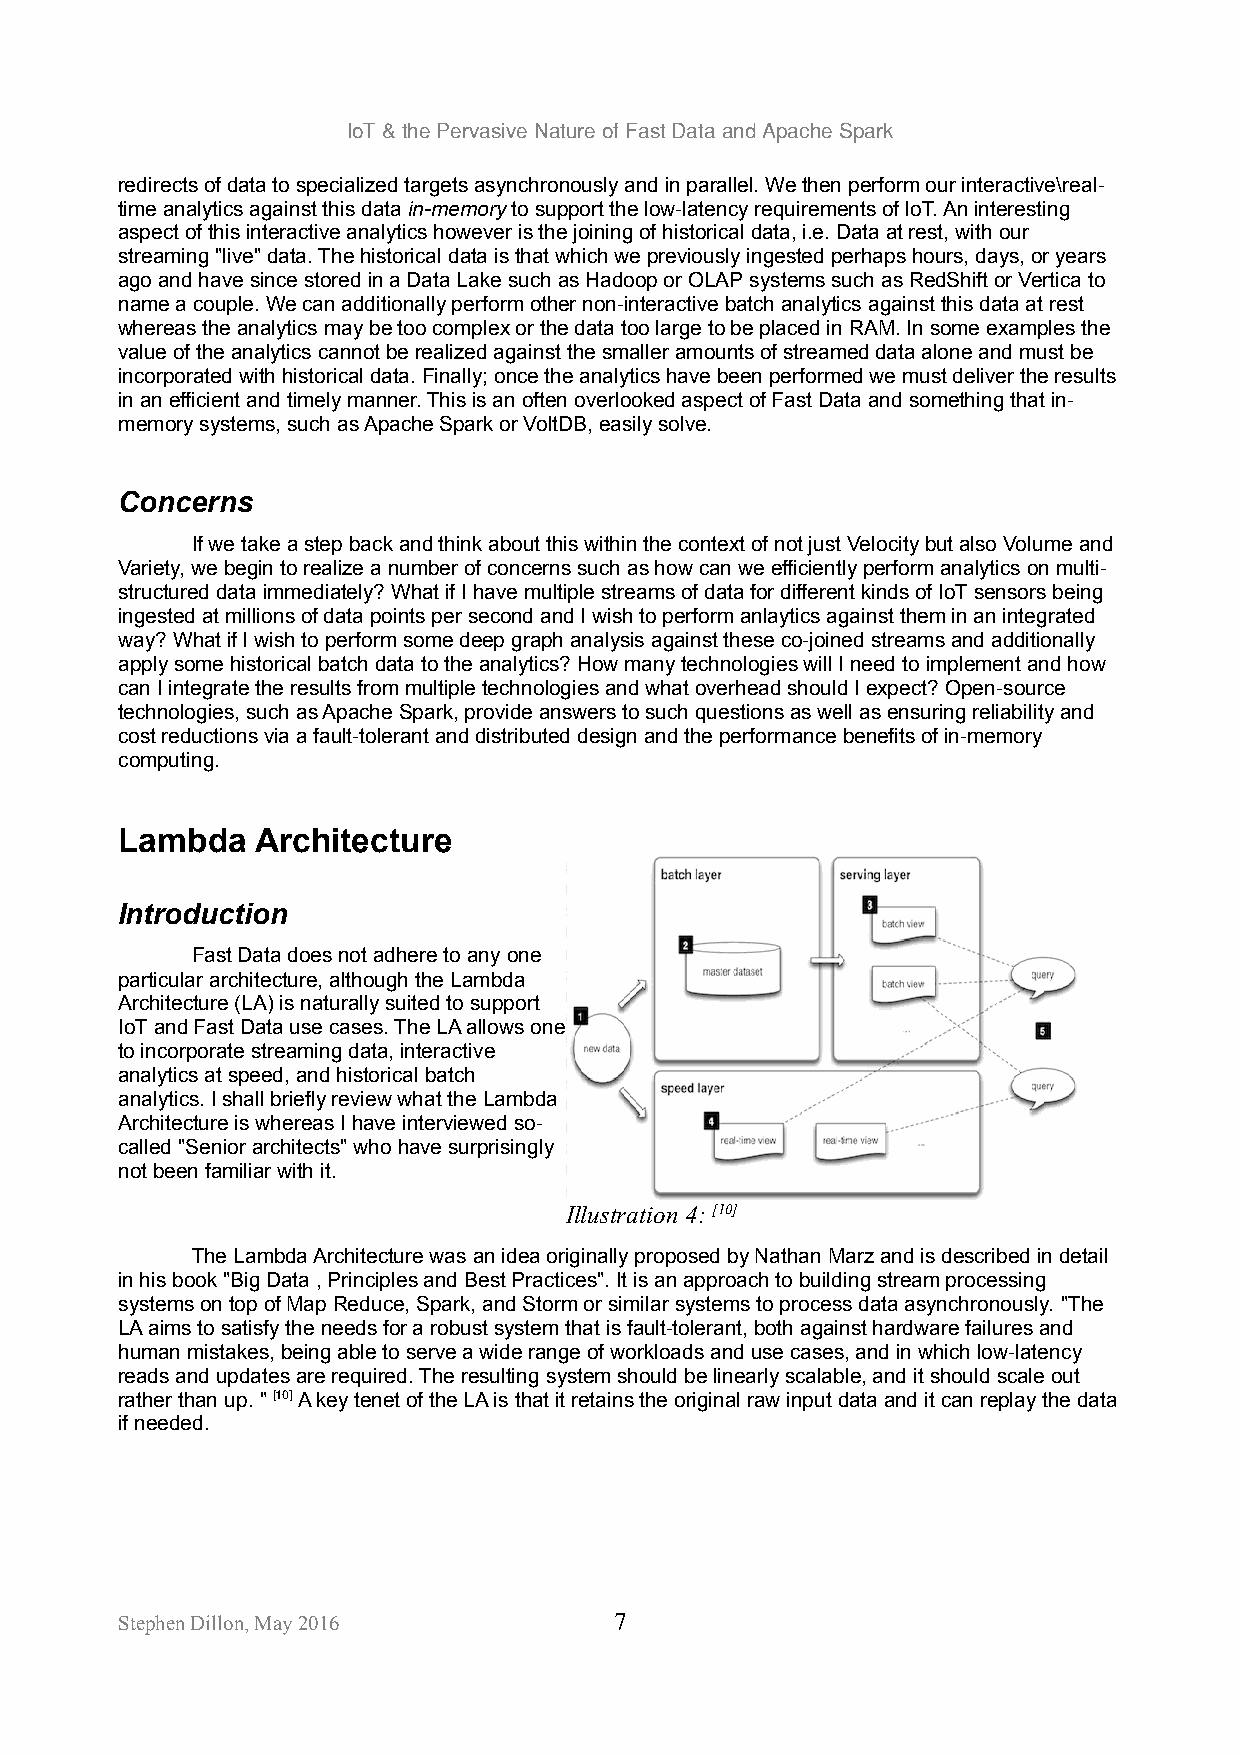
IoT & the Pervasive Nature of Fast Data and Apache Spark
 redirects of data to specialized targets asynchronously and in parallel. We then perform our interactive\real-
 time analytics against this data in-memory to support the low-latency requirements of IoT. An interesting
 aspect of this interactive analytics however is the joining of historical data, i.e. Data at rest, with our
 streaming "live" data. The historical data is that which we previously ingested perhaps hours, days, or years
 ago and have since stored in a Data Lake such as Hadoop or OLAP systems such as RedShift or Vertica to
 name a couple. We can additionally perform other non-interactive batch analytics against this data at rest
 whereas the analytics may be too complex or the data too large to be placed in RAM. In some examples the
 value of the analytics cannot be realized against the smaller amounts of streamed data alone and must be
 incorporated with historical data. Finally; once the analytics have been performed we must deliver the results
 in an efficient and timely manner. This is an often overlooked aspect of Fast Data and something that in-
 memory systems, such as Apache Spark or VoltDB, easily solve.
 Concerns
 If we take a step back and think about this within the context of not just Velocity but also Volume and
 Variety, we begin to realize a number of concerns such as how can we efficiently perform analytics on multi-
 structured data immediately? What if I have multiple streams of data for different kinds of IoT sensors being
 ingested at millions of data points per second and I wish to perform anlaytics against them in an integrated
 way? What if I wish to perform some deep graph analysis against these co-joined streams and additionally
 apply some historical batch data to the analytics? How many technologies will I need to implement and how
 can I integrate the results from multiple technologies and what overhead should I expect? Open-source
 technologies, such as Apache Spark, provide answers to such questions as well as ensuring reliability and
 cost reductions via a fault-tolerant and distributed design and the performance benefits of in-memory
 computing.
 Lambda   Architecture
 Introduction
 Fast Data does not adhere to any one
 particular architecture, although the Lambda
 Architecture (LA) is naturally suited to support
 IoT and Fast Data use cases. The LA allows one
 to incorporate streaming data, interactive
 analytics at speed, and historical batch
 analytics. I shall briefly review what the Lambda
 Architecture is whereas I have interviewed so-
 called "Senior architects" who have surprisingly
 not been familiar with it.
 Illustration 4: [10]
 The Lambda Architecture was an idea originally proposed by Nathan Marz and is described in detail
 in his book "Big Data , Principles and Best Practices". It is an approach to building stream processing
 systems on top of Map Reduce, Spark, and Storm or similar systems to process data asynchronously. "The
 LA aims to satisfy the needs for a robust system that is fault-tolerant, both against hardware failures and
 human mistakes, being able to serve a wide range of workloads and use cases, and in which low-latency
 reads and updates are required. The resulting system should be linearly scalable, and it should scale out
 rather than up. " [10] A key tenet of the LA is that it retains the original raw input data and it can replay the data
 if needed.
 Stephen Dillon, May 2016         7